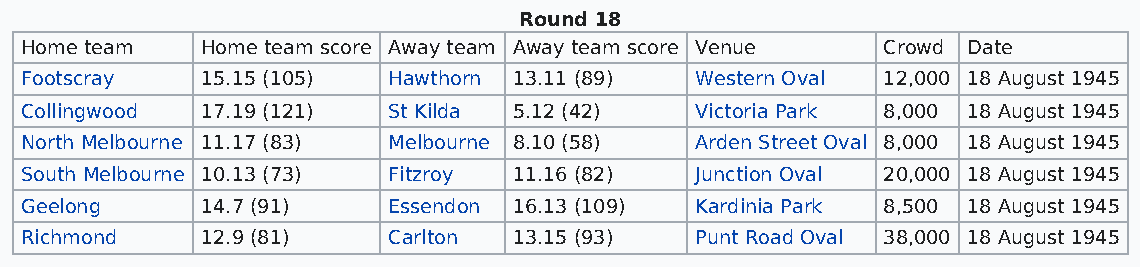
Round 18
 Home team   Home team score Away team Away team score Venue Crowd Date
 Footscray   15.15 (105)  Hawthorn 13.11 (89) Western Oval 12,000 18 August 1945
 Collingwood 17.19 (121)  St Kilda 5.12 (42)  Victoria Park 8,000 18 August 1945
 North Melbourne 11.17 (83) Melbourne 8.10 (58) Arden Street Oval 8,000 18 August 1945
 South Melbourne 10.13 (73) Fitzroy 11.16 (82) Junction Oval 20,000 18 August 1945
 Geelong     14.7 (91)    Essendon 16.13 (109) Kardinia Park 8,500 18 August 1945
 Richmond    12.9 (81)    Carlton 13.15 (93)  Punt Road Oval 38,000 18 August 1945